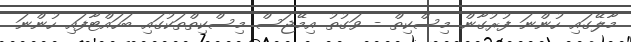
މާލޭގައި ހުންނަ ފުރުގާން މިސްކިތް - ވަގުތު އިމޭޖަސް މިސްކިތްތަކުގައި ބަހައްޓާފައި ހުންނަ